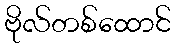
ဗိုလ်တစ်ထောင်